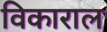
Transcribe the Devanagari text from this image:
विकाराल